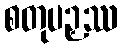
စတုပဉှဿ